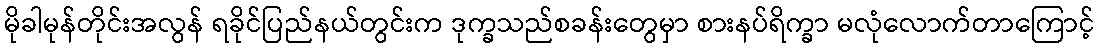
မိုခါမုန်တိုင်းအလွန် ရခိုင်ပြည်နယ်တွင်းက ဒုက္ခသည်စခန်းတွေမှာ စားနပ်ရိက္ခာ မလုံလောက်တာကြောင့်